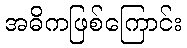
အဓိကဖြစ်ကြောင်း